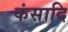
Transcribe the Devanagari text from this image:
कंसादि